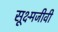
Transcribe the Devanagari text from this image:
सूक्ष्‍मजीवी